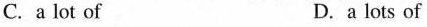
C.a lot of D. a lots of